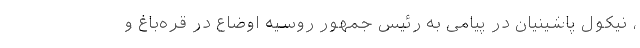
، نیکول پاشینیان در پیامی به رئیس جمهور روسیه اوضاع در قره‌باغ و